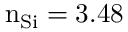
\mathrm { n _ { S i } = 3 . 4 8 }